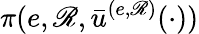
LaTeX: \pi(e,\mathscr{R},\bar{{u}}^{(e,\mathscr{R})}(\cdot))